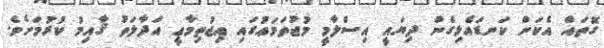
ގޮތައް އެކަން ކަނޑައެޅިގެން ދިޔައީ އިސްލާމީ މުޖުތަމަޢުގައި އިޖުތިމާޢީ އަދާލަތު ޤާއިމު ކުރުމަށެވެ.